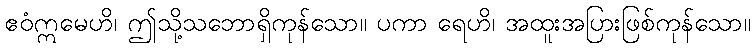
ဧဝံဣမေဟိ၊ ဤသို့သဘောရှိကုန်သော။ ပကာ ရေဟိ၊ အထူးအပြားဖြစ်ကုန်သော။